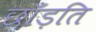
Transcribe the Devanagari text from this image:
छाँड़ति